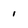
Character: i